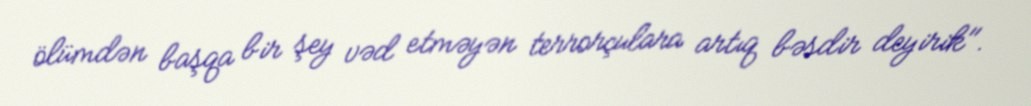
ölümdən başqa bir şey vəd etməyən terrorçulara artıq bəsdir deyirik".